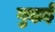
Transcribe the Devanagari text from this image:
गुदाई